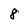
Character: 8